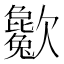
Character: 𣤱